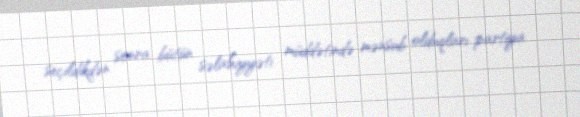
seçildikdən sonra bütün səlahiyyəti müddətində mənsub olduqları partiya